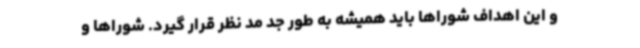
و این اهداف شوراها باید همیشه به طور جد مد نظر قرار گیرد. شوراها و